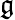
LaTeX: \mathfrak{g}